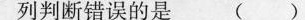
列判断错误的是 ( )